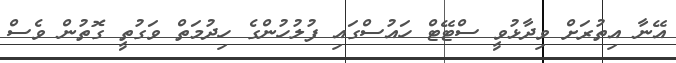
އޭނާ އިތުރަށް ވިދާޅުވީ ސްޓޭޓް ހައުސްގައި ފުލުހުންގެ ހިދުމަތް ވަގުތީ ގޮތުން ވެސް